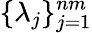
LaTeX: \{ \lambda_{j}\} _{j=1}^{nm}